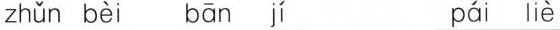
zhǔn bèi bān jí pái liè